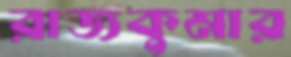
রাজকুমার